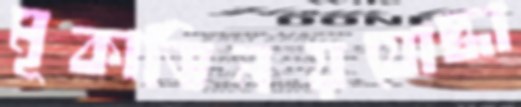
মূকাভিনয়যোদ্ধা